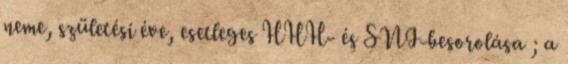
neme, születési éve, esetleges HHH- és SNI-besorolása ; a